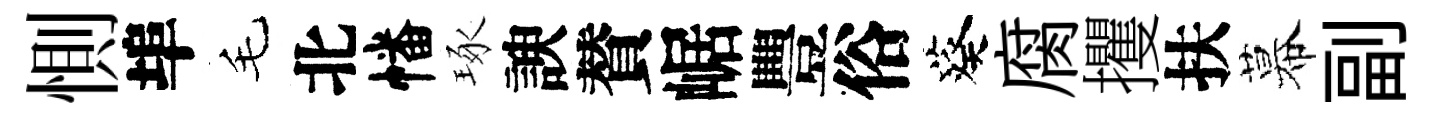
惻埠毛北幡琢諛賛崌豐俗葵腐攫扶幕副